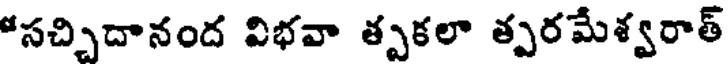
సచ్చిదానంద విభవా త్పకలా త్పరమేశ్వరాత్